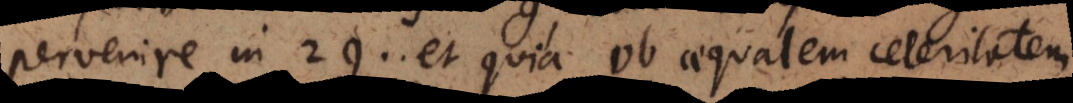
pervenire in 2g, et quia ob aequalem celeritatem